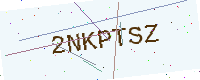
Text: 2NKPTSZ